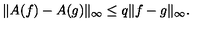
\Vert A ( f ) - A ( g ) \Vert _ { \infty } \leq q \Vert f - g \Vert _ { \infty } .